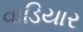
વાડિયાર